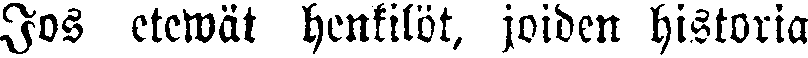
Jos etewät henkilöt, joiden historia